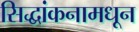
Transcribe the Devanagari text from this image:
सिद्धांकनामधून